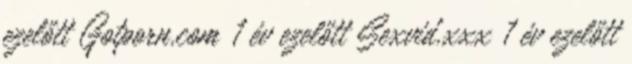
ezelőtt Gotporn.com 1 év ezelőtt Sexvid.xxx 1 év ezelőtt